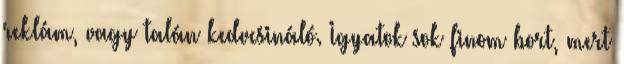
reklám, vagy talán kedvcsináló. Igyatok sok finom bort, mert